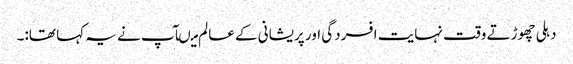
دہلی چھوڑتے وقت نہایت افسردگی اور پریشانی کے عالم میںآپ نے یہ کہا تھا:۔